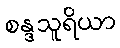
စန္ဒသူရိယာ